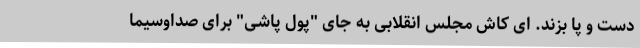
دست و پا بزند. ای کاش مجلس انقلابی به جای "پول پاشی" برای صداوسیما